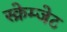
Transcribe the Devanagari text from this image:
स्क्रेम्जेट